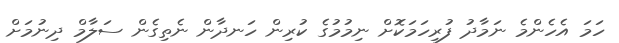
ހަމަ އެހެންމެ ނަމާދު ފުރިހަމަކޮށް ނިމުމުގެ ކުރިން ހަނދާން ނެތިގެން ސަލާމް ދިނުމަށް